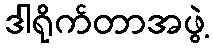
ဒါရိုက်တာအဖွဲ့